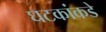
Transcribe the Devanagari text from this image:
घटकांकडे